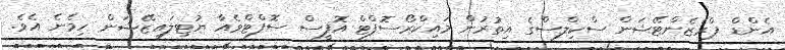
އެންޑް ޕްރެޒެންޓޭޝަން ސްކިލްސްގެ އިތުރުން މައިކްރޯސޮފްޓް އޮފީސް ސޮފްޓްވެއާ ޔުޓިލައިޒޭޝަން ހިމެނެ އެވެ.